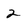
Character: 2